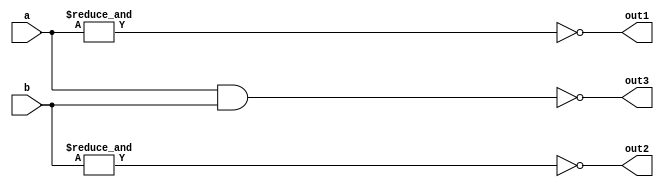
`timescale 1 ns/1 ns

module EX_103_test_vector_and(a, b, out1, out2, out3);
input	[7:0]	a, b;
output		out1,out2;
output	[7:0]	out3;

wire	[7:0]	out3;
wire		out2,out1;

assign	out1 = ~&a;

assign	out2 = ~&b;

assign  out3 =  ~(a&b);

endmodule